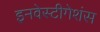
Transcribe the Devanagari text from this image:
इनवेस्टीगेशंस